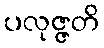
ပလုဇ္ဇတိ